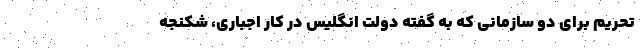
تحریم برای دو سازمانی که به گفته دولت انگلیس در کار اجباری، شکنجه